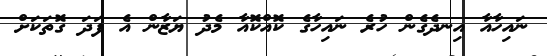
ނައިހާއާ އިނދެގެން ހުރެ ނައިހާގެ ކޮއްކޮއާ މެދު ޔަޒާން އެ ފަދަ ގޮތަކަށް